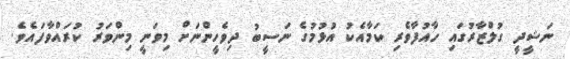
ނަޝީދީ ގުލްޒާރުގައި ހާއުފާވެރި ކަމާއެކު އުޅުމުގެ ނަސީބު ދިވެހީންނަށް މިވަނީ މިންވަރު ކުރައްވާފައެވެ.